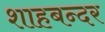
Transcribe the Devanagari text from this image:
शाहबन्दर